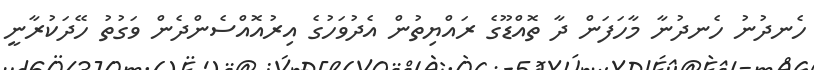
ހެނދުނު ހެނދުނާ މާހަފަން ދާ ތޮއްޑޫގެ ރައްޔިތުން އެދުވަހުގެ އިރުއޮއްސެންދެން ވަގުތު ހޭދަކުރާނީ